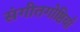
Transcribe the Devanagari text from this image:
संगीतगोष्ठियाँ